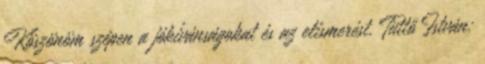
Köszönöm szépen a jókívánságokat és az elismerést. Tüttő István: